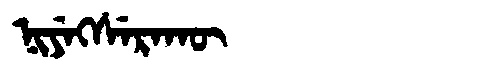
Manchu: ᠨᡳᠶᡝᡴᠰᡝᡵᠠᡴᡡ
Romanization: NIYEKSERAKŪ